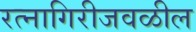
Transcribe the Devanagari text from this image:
रत्‍नागिरीजवळील